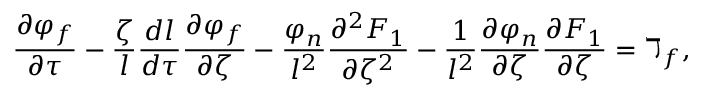
\frac { \partial \varphi _ { f } } { \partial \tau } - \frac { \zeta } { l } \frac { d l } { d \tau } \frac { \partial \varphi _ { f } } { \partial \zeta } - \frac { \varphi _ { n } } { l ^ { 2 } } \frac { \partial ^ { 2 } F _ { 1 } } { \partial \zeta ^ { 2 } } - \frac { 1 } { l ^ { 2 } } \frac { \partial \varphi _ { n } } { \partial \zeta } \frac { \partial F _ { 1 } } { \partial \zeta } = \daleth _ { f } ,